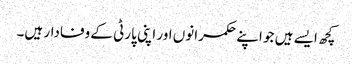
کچھ ایسے ہیں جو اپنے حکمرانوں اور اپنی پارٹی کے وفادار ہیں۔